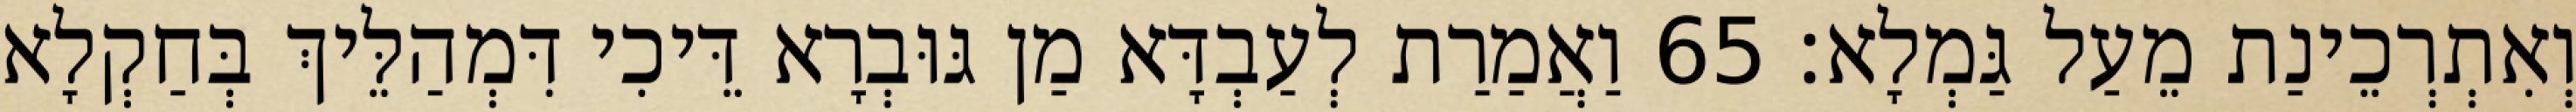
וְאִתְרְכֵינַת מֵעַל גַּמְלָא׃ 65 וַאֲמַרַת לְעַבְדָּא מַן גּוּבְרָא דֵּיכִי דִּמְהַלֵּיךְ בְּחַקְלָא